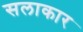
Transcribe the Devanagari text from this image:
सलाकार